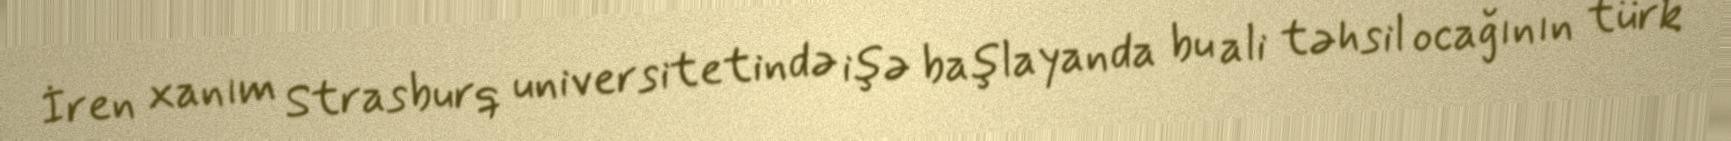
İren xanım Strasburq universitetində işə başlayanda bu ali təhsil ocağının türk